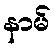
နာမ်